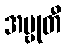
အဗ္ဗုတီ